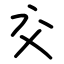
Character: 交